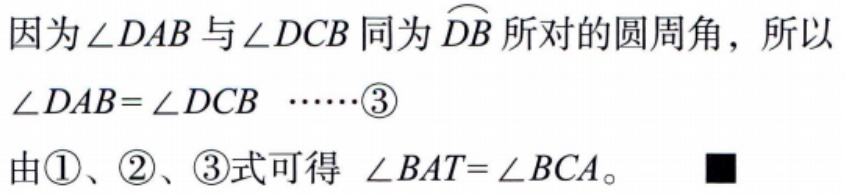
因为\(\angle DAB\)与\(\angle DCB\)同为\(\overset{\frown}{DB}\)所对的圆周角，所以\(\angle DAB = \angle DCB\)  \(\cdots\cdots\)\textcircled{3}
由\textcircled{1}、\textcircled{2}、\textcircled{3}式可得 \(\angle BAT=\angle BCA\)。  ■